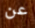
عن